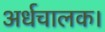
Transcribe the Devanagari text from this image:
अर्धचालक।